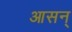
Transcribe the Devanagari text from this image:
आसन्